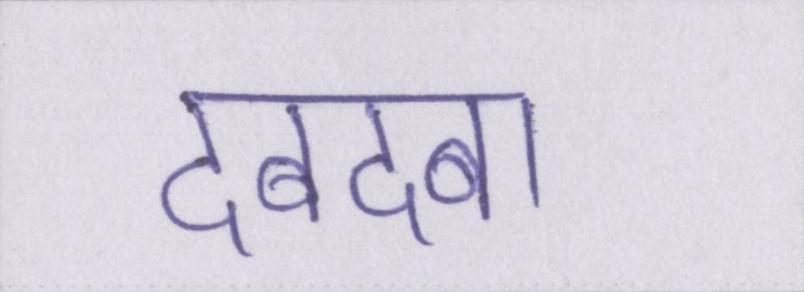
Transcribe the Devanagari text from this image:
दबदबा